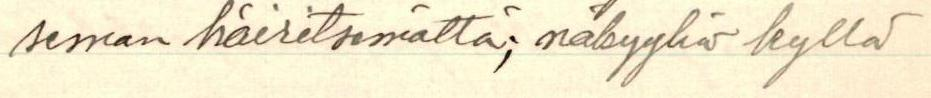
seman häiritsemättä, näkyyhän kyllä